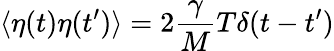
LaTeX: \langle\eta(t)\eta(t^{\prime})\rangle=2\frac{\gamma}{M}T\delta(t-t^{\prime})